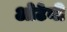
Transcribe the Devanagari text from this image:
ओटेनी